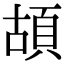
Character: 𩑶